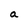
Character: a